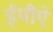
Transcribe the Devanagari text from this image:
ईपीऐ